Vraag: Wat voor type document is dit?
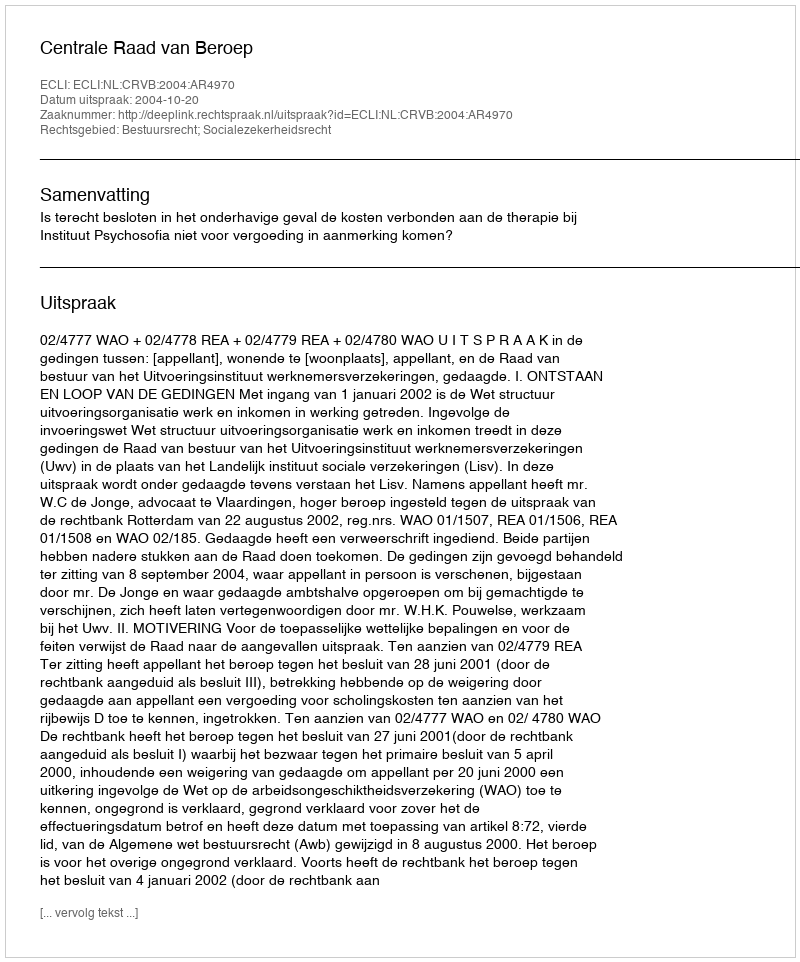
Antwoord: Uitspraak